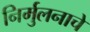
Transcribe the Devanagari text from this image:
निर्मुलनाचे